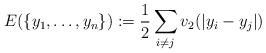
LaTeX: \begin{align*}E(\{y_1,\dots,y_n\}):= \frac{1}{2}\sum_{i\neq j}v_2(|y_i-y_j|) \end{align*}